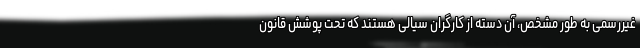
غیررسمی به طور مشخص، آن دسته از کارگران سیالی هستند که تحت پوشش قانون